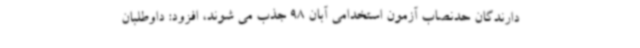
دارندگان حدنصاب آزمون استخدامی آبان 98 جذب می شوند، افزود: داوطلبان